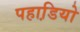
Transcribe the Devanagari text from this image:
पहाडि़यो